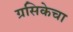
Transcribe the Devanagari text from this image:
ग्रसिकेचा